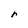
Character: r